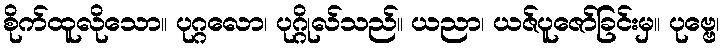
စိုက်ထူလိုသော။ ပုဂ္ဂလော၊ ပုဂ္ဂိုလ်သည်။ ယညာ၊ ယဇ်ပူဇော်ခြင်းမှ။ ပုဗ္ဗေ၊